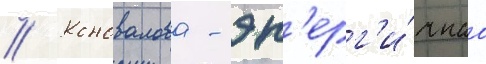
// Коновалова - эн'ерг'и́чнаа